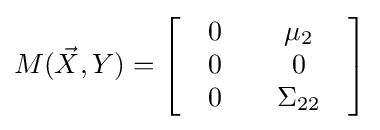
M({\vec {X}},Y)=\left[{\begin{array}{*{20}c}{\begin{array}{*{20}c}0\\0\\0\end{array}}&{\begin{array}{*{20}c}\mu _{2}\\0\\\Sigma _{22}\\\end{array}}\end{array}}\right]